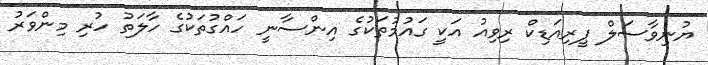
ޔުނިވާސަލް ޕީރިއަޑިކް ރިވިއު އަކީ ގައުމުތަކުގެ އިންސާނީ ހައްގުތަކުގެ ހާލަތު ހުރި މިންވަރު